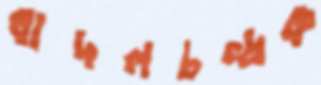
বাদলচন্দ্রক